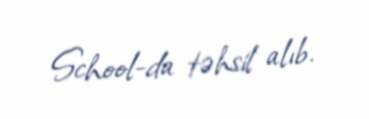
School-da təhsil alıb.